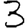
Digit: 3